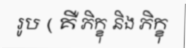
រូប ( គឺ ភិក្ខុ និង ភិក្ខុ